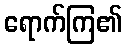
ရောက်ကြ၏